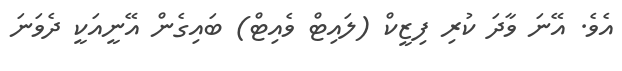
އެވެ. އޭނަ ވާދަ ކުރި ފިޒީކް (ލައިިޓް ވެއިޓް) ބައިގެން އޭނީއަކީ ދެވަނަ